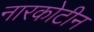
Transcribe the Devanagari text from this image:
नारकोटीन